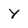
Character: y